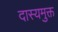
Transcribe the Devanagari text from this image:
दास्यमुक्त